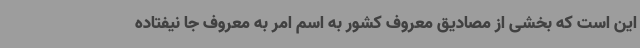
این است که بخشی از مصادیق معروف کشور به اسم امر به معروف جا نیفتاده